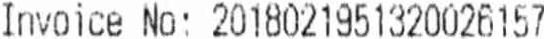
INVOICE NO: 2018021951320026157